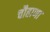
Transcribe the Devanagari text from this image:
चौहाणा